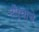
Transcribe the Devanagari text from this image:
मौर्याचे